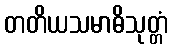
တတိယသမာဓိသုတ္တံ